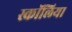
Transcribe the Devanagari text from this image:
स्कॉलिया